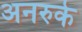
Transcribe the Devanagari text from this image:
अनरुके